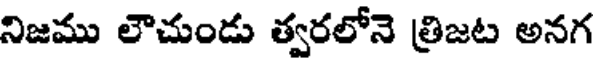
నిజము లౌచుండు త్వరలోనె త్రిజట అనగ